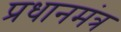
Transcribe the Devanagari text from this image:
प्रधानमंत्र